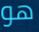
هو